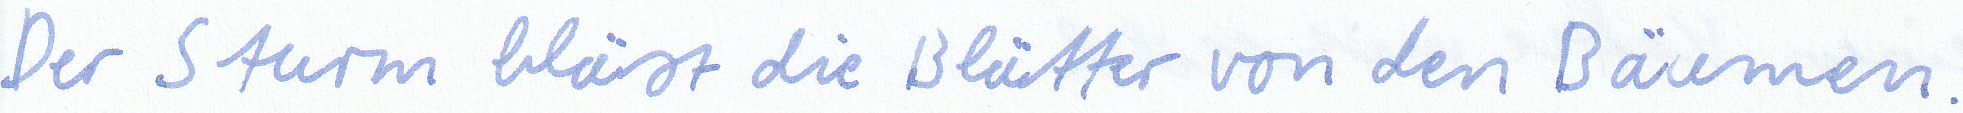
Der Sturm bläst die Blätter von den Bäumen.